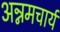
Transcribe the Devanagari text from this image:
अन्नमचार्य